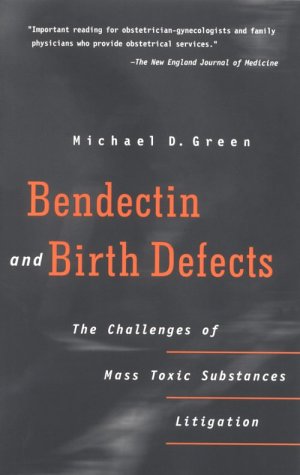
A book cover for Bendectin and Birth Defects: The Challenges of Mass Toxic Substances Litigation; Michael D. Green; Law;